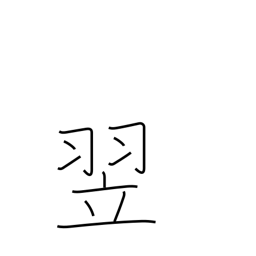
Meaning: the following